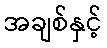
အချစ်နှင့်